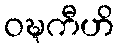
ဝဍ္ဎကီဟိ